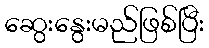
ဆွေးနွေးမည်ဖြစ်ပြီး